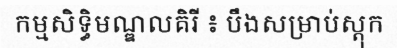
កម្មសិទ្ធិមណ្ឌលគិរី ៖ បឹងសម្រាប់ស្តុក